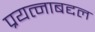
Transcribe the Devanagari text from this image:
प्रयत्नाबद्दल